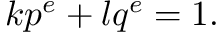
k p ^ { e } + l q ^ { e } = 1 .